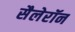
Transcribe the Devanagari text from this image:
सैलेरॉन